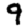
Digit: 9